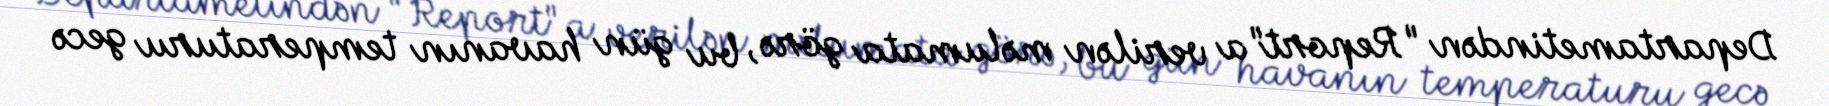
Departametindən "Report"a verilən məlumata görə, bu gün havanın temperaturu gecə